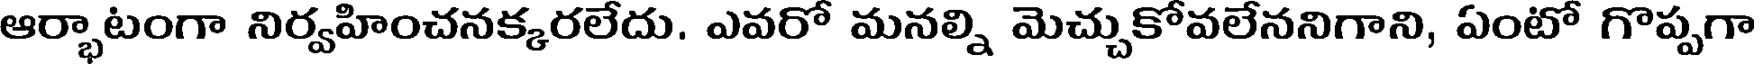
ఆర్భాటంగా నిర్వహించనక్కరలేదు. ఎవరో మనల్ని మెచ్చుకోవలేననిగాని, ఏంటో గొప్పగా